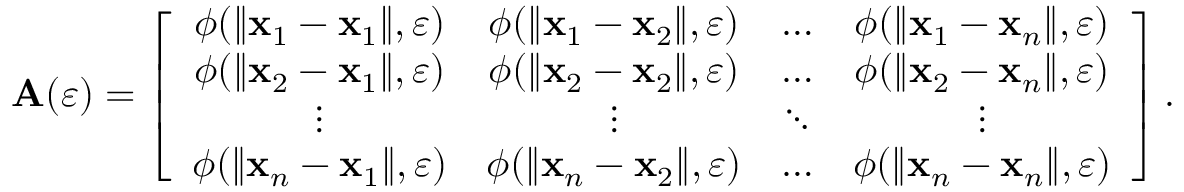
\mathbf { A } ( \varepsilon ) = \left[ \begin{array} { c c c c } { \phi ( \| \mathbf { x } _ { 1 } - \mathbf { x } _ { 1 } \| , \varepsilon ) } & { \phi ( \| \mathbf { x } _ { 1 } - \mathbf { x } _ { 2 } \| , \varepsilon ) } & { \dots } & { \phi ( \| \mathbf { x } _ { 1 } - \mathbf { x } _ { n } \| , \varepsilon ) } \\ { \phi ( \| \mathbf { x } _ { 2 } - \mathbf { x } _ { 1 } \| , \varepsilon ) } & { \phi ( \| \mathbf { x } _ { 2 } - \mathbf { x } _ { 2 } \| , \varepsilon ) } & { \dots } & { \phi ( \| \mathbf { x } _ { 2 } - \mathbf { x } _ { n } \| , \varepsilon ) } \\ { \vdots } & { \vdots } & { \ddots } & { \vdots } \\ { \phi ( \| \mathbf { x } _ { n } - \mathbf { x } _ { 1 } \| , \varepsilon ) } & { \phi ( \| \mathbf { x } _ { n } - \mathbf { x } _ { 2 } \| , \varepsilon ) } & { \dots } & { \phi ( \| \mathbf { x } _ { n } - \mathbf { x } _ { n } \| , \varepsilon ) } \end{array} \right] .